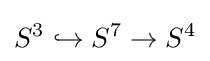
S^{3}\hookrightarrow S^{7}\rightarrow S^{4}